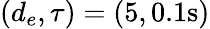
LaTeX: (d_{e},\tau)=(5,0.1\mathrm{s})